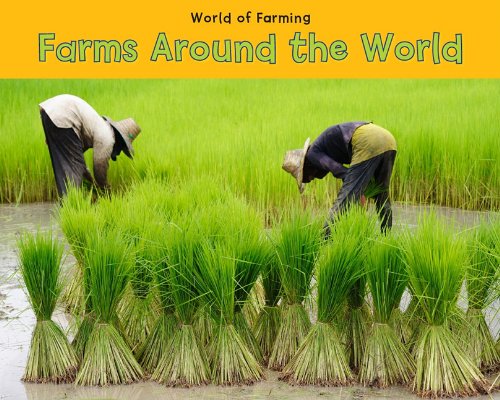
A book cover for Farms Around the World (World of Farming); Catherine Veitch; Children's Books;